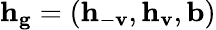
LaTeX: \mathbf{h}_{\mathbf{g}}=\left(\mathbf{h}_{-\mathbf{v}},\mathbf{h}_{\mathbf{v}},\mathbf{b}\right)